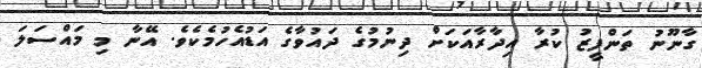
ގާނޫނު ތަންފީޒު ކުރާ އިދާރާއަކަށް ދިނުމުގެ ދައުވާގެ އަޑުއެހުމެކެވެ. އޭނާ މި މައްސަލަ